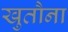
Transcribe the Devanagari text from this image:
खुतौना